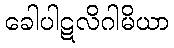
ခေါပါဋလိဂါမိယာ